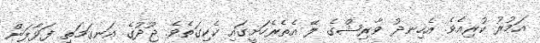
އަމުރު ކުރިއެވެ. އެހިނދު ވާރިޝްގެ ލޭ އެތެރެހަށީގައި ކެކިގަތެވެ. ޖޫދުގެ އަނގަމަތި ފަޅާލަން